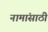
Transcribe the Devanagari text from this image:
नामांसाठी